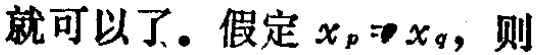
就可以了。假定 \(x_p = x_q\)，则